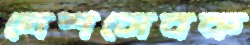
দেশসেবক